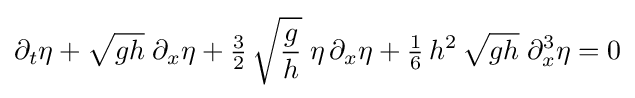
\partial _{t}\eta +{\sqrt {gh}}\;\partial _{x}\eta +{\tfrac {3}{2}}\,{\sqrt {\frac {g}{h}}}\;\eta \,\partial _{x}\eta +{\tfrac {1}{6}}\,h^{2}\,{\sqrt {gh}}\;\partial _{x}^{3}\eta =0